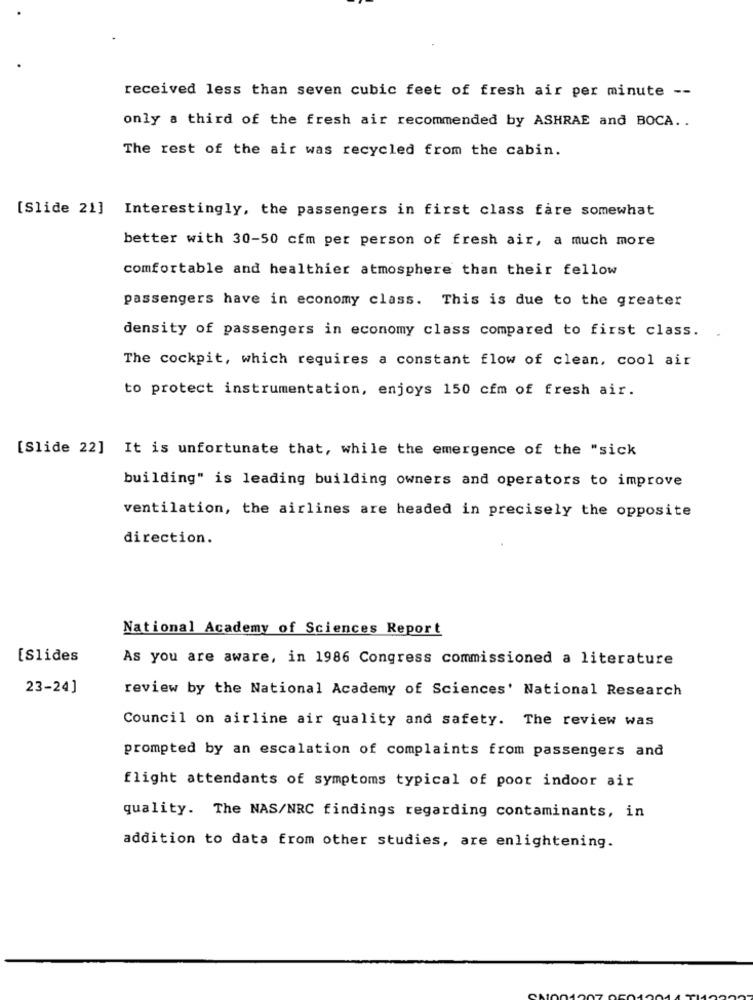
received less than seven cubic feet of fresh air per minute --
only a third of the fresh air recommended by ASHRAE and BOCA ..
The rest of the air was recycled from the cabin.
[Slide 21] Interestingly, the passengers in first class fare somewhat
better with 30-50 cfm per person of fresh air, a much more
comfortable and healthier atmosphere than their fellow
passengers have in economy class. This is due to the greater
density of passengers in economy class compared to first class.
The cockpit, which requires a constant flow of clean, cool air
to protect instrumentation, enjoys 150 cfm of fresh air.
[Slide 22] It is unfortunate that, while the emergence of the "sick
building" is leading building owners and operators to improve
ventilation, the airlines are headed in precisely the opposite
direction.
National Academy of Sciences Report
[Slides
As you are aware, in 1986 Congress commissioned a literature
23-24]
review by the National Academy of Sciences' National Research
Council on airline air quality and safety. The review was
prompted by an escalation of complaints from passengers and
flight attendants of symptoms typical of poor indoor air
quality. The NAS/NRC findings regarding contaminants, in
addition to data from other studies, are enlightening.